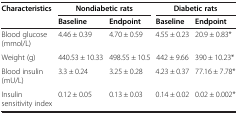
<table><thead><tr><td rowspan="2"><b>Characteristics</b></td><td><b>Nondiabetic rats</b></td><td><b> </b></td><td><b>Diabetic rats</b></td><td><b> </b></td></tr><tr><td><b>Baseline</b></td><td><b>Endpoint</b></td><td><b>Baseline</b></td><td><b>Endpoint</b></td></tr></thead><tbody><tr><td>Blood glucose (mmol/L)</td><td>4.46 ± 0.39</td><td>4.70 ± 0.59</td><td>4.55 ± 0.23</td><td>20.9 ± 0.83*</td></tr><tr><td>Weight (g)</td><td>440.53 ± 10.33</td><td>498.55 ± 10.5</td><td>442 ± 9.66</td><td>390 ± 10.23*</td></tr><tr><td>Blood insulin (mU/L)</td><td>3.3 ± 0.24</td><td>3.25 ± 0.28</td><td>4.23 ± 0.37</td><td>77.16 ± 7.78*</td></tr><tr><td>Insulin sensitivity index</td><td>0.12 ± 0.05</td><td>0.13 ± 0.03</td><td>0.14 ± 0.02</td><td>0.02 ± 0.002*</td></tr></tbody></table>